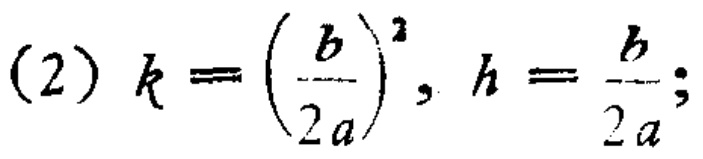
(2) \(k = \left(\frac{b}{2a}\right)^2, h = \frac{b}{2a};\)